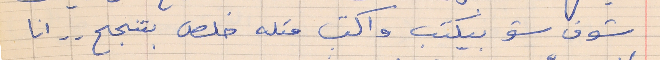
شوف شو بيكتب واكتب متله خلص بتنجح . . انا